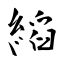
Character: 縚